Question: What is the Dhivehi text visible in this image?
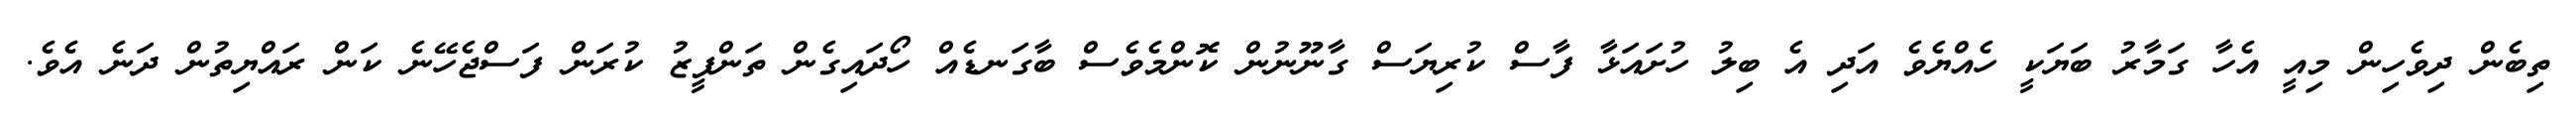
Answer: ތިބެން ދިވެހިން މިއީ އެހާ ގަމާރު ބަޔަކީ ހެއްޔެވެ އަދި އެ ބިލު ހުށައަޅާ ފާސް ކުރިޔަސް ގާނޫނުން ކޮންމެވެސް ބާގަނޑެއް ހޯދައިގެން ތަންފީޒު ކުރަން ފަސްޖެހޭނެ ކަން ރައްޔިތުން ދަނެ އެވެ.